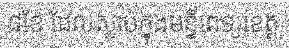
៨ខែ ដែលស្លាប់ក្នុងមន្ទីពេទ្យខេត្ត